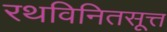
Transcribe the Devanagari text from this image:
रथविनितसूत्त